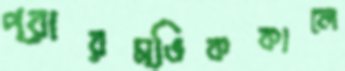
প্রারম্ভিককালে